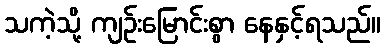
သကဲ့သို့ ကျဉ်းမြောင်းစွာ နေနှင့်ရသည်။